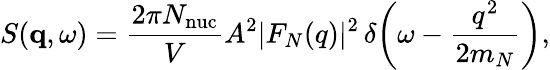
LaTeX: S(\mathbf{q},\omega)=\frac{2\pi N_{\mathrm{nuc}}}{V}A^{2}|F_{N}(q)|^{2}\, \delta\! \left(\omega-\frac{q^{2}}{2m_{N}}\right),